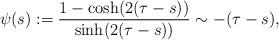
LaTeX: \begin{align*}\psi(s):= \frac{1-\cosh(2(\tau-s))}{\sinh(2(\tau-s))}\sim -(\tau-s),\end{align*}